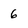
Character: 6